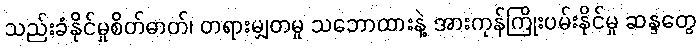
သည်းခံနိုင်မှုစိတ်ဓာတ်၊ တရားမျှတမှု သဘောထားနဲ့ အားကုန်ကြိုးပမ်းနိုင်မှု ဆန္ဒတွေ